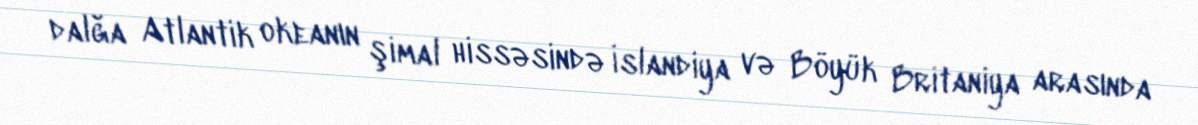
dalğa Atlantik okeanın şimal hissəsində İslandiya və Böyük Britaniya arasında